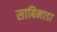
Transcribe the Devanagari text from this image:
साबिनाडा